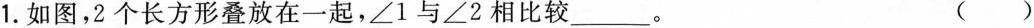
1.如图，2个长方形叠放在一起，∠1与∠2相比较____。 ()